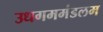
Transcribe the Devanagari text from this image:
उधगममंडलम